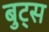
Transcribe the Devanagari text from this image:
बुट्स